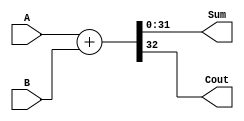
`timescale 1ns / 1ps
//////////////////////////////////////////////////////////////////////////////////
// Company: 
// Engineer: 
// 
// Design Name: 
// Module Name:    Adder 
// Project Name: 
// Target Devices: 
// Tool versions: 
// Description: 
//
// Dependencies: 
//
// Revision: 
// Revision 0.01 - File Created
// Additional Comments: 
//
//////////////////////////////////////////////////////////////////////////////////
module Adder(
    input[31:0] A,
    input[31:0] B,
    output[31:0] Sum,
    output Cout
    );

assign {Cout,Sum} = A + B;
endmodule